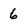
Character: 6